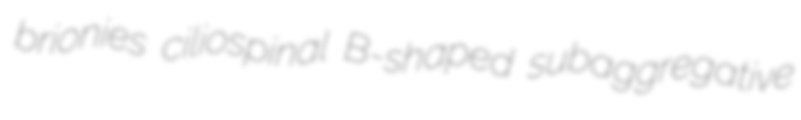
brionies ciliospinal B-shaped subaggregative